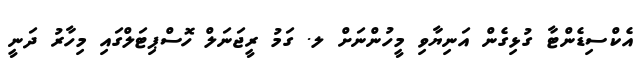
އެކްސިޑެންޓާ ގުޅިގެން އަނިޔާވި މީހުންނަށް ލ. ގަމު ރީޖަނަލް ހޮސްޕިޓަލްގައި މިހާރު ދަނީ